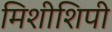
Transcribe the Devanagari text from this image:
मिशीशिपी